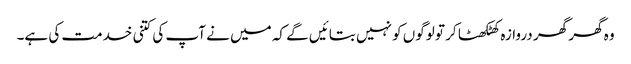
وہ گھر گھر دروازہ کھٹکھٹا کر تو لوگوں کو نہیں بتائیں گے کہ میں نے آپ کی کتنی خدمت کی ہے۔